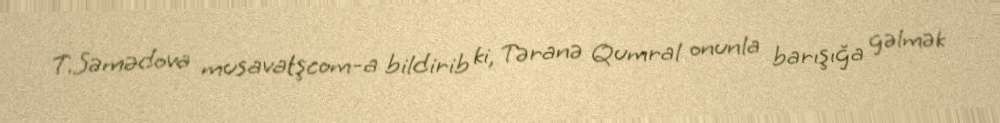
T.Səmədova musavatşcom-a bildirib ki, Təranə Qumral onunla barışığa gəlmək